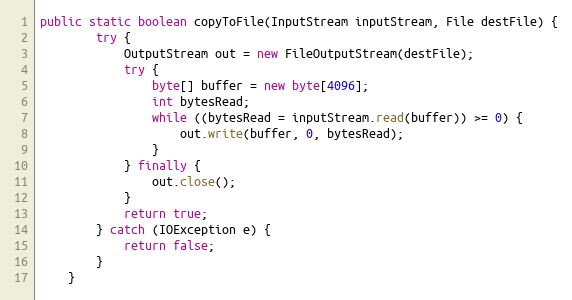
Language: Java
public static boolean copyToFile(InputStream inputStream, File destFile) {
        try {
            OutputStream out = new FileOutputStream(destFile);
            try {
                byte[] buffer = new byte[4096];
                int bytesRead;
                while ((bytesRead = inputStream.read(buffer)) >= 0) {
                    out.write(buffer, 0, bytesRead);
                }
            } finally {
                out.close();
            }
            return true;
        } catch (IOException e) {
            return false;
        }
    }